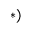
^ { * ) }